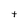
Character: t